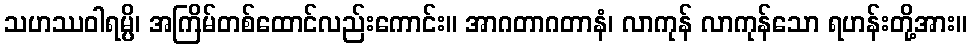
သဟဿဝါရမ္ပိ၊ အကြိမ်တစ်ထောင်လည်းကောင်း။ အာဂတာဂတာနံ၊ လာကုန် လာကုန်သော ရဟန်းတို့အား။